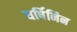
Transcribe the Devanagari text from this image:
धर्षिनिन